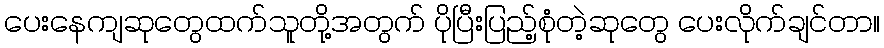
ပေးနေကျဆုတွေထက်သူတို့အတွက် ပိုပြီးပြည့်စုံတဲ့ဆုတွေ ပေးလိုက်ချင်တာ။